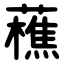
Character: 藮